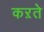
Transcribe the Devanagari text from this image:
कऱते